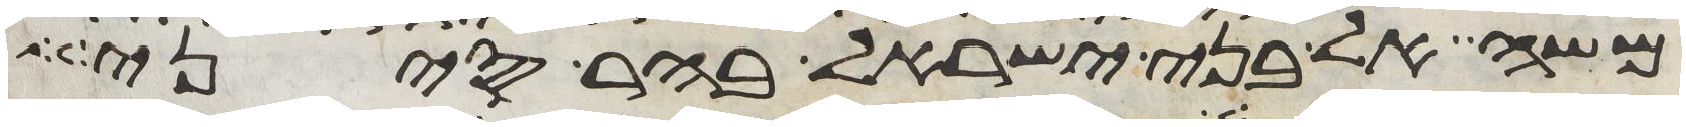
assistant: משה אל בני ישראל בהר סיני